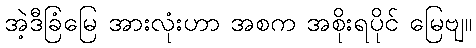
အဲ့ဒီခြံမြေ အားလုံးဟာ အစက အစိုးရပိုင် မြေဗျ။